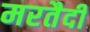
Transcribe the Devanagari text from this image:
मरतैदी